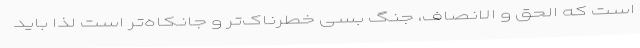
است که الحق و الانصاف، جنگ بسی خطرناک‌تر و جانکاه‌تر است لذا باید